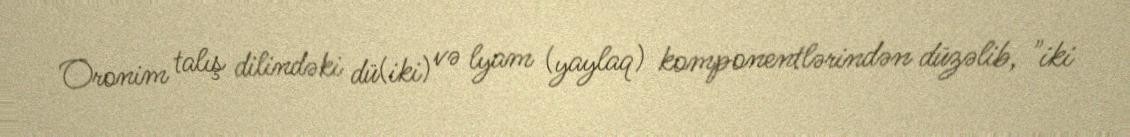
Oronim talış dilindəki dü(iki) və lyam (yaylaq) komponentlərindən düzəlib, "iki